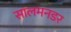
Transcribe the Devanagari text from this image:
सालमनडर